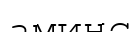
аминс